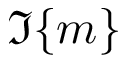
\Im \{ m \}